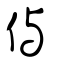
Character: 㒜